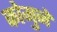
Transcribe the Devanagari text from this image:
कोमुने